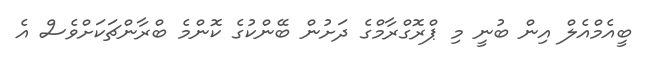
ބީއެމްއެލް އިން ބުނީ މި ޕްރޮގްރާމްގެ ދަށުން ބޭންކުގެ ކޮންމެ ބްރާންޗަކަށްވެސް އެ